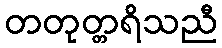
တတုတ္တရိသညီ